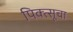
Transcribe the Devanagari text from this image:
पिक्त्सूचा